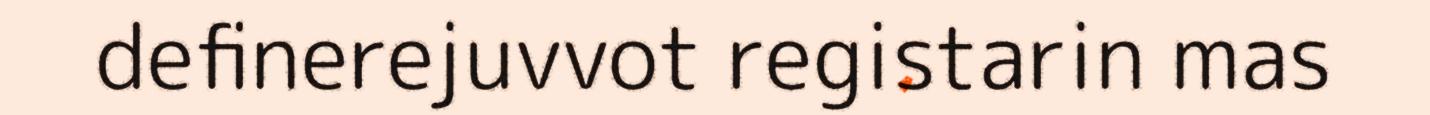
definerejuvvot registarin mas